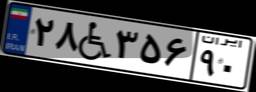
۵۸W۱۰۲۷۲